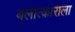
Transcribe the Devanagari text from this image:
बलात्‍काराला